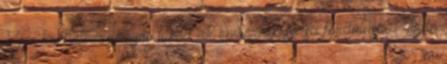
Nem kockákra vagyon bízva az embernek sorsa fordulása. Olyan